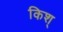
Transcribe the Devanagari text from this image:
किश्